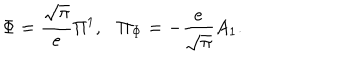
LaTeX: \Phi = { \frac { \sqrt \pi } { e } } \Pi ^ { 1 } , \Pi _ { \Phi } = - { \frac { e } { \sqrt \pi } } A _ { 1 } .